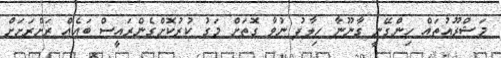
މަޝްރޫއުތައް ހިންގޭނީ ގާނޫނާ ހިލާފު ނުވާ ގޮތަށް މަގު ކުރުކޮށްގެންރައީސް ބައެއް ރަށްރަށަށް